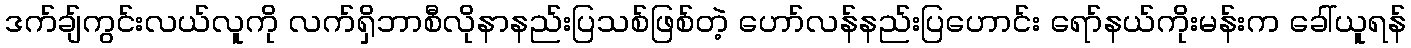
ဒက်ချ်ကွင်းလယ်လူကို လက်ရှိဘာစီလိုနာနည်းပြသစ်ဖြစ်တဲ့ ဟော်လန်နည်းပြဟောင်း ရော်နယ်ကိုးမန်းက ခေါ်ယူရန်